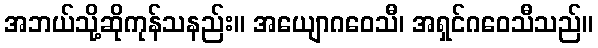
အဘယ်သို့ဆိုကုန်သနည်း။ အယျောဂဝေသီ၊ အရှင်ဂဝေသီသည်။